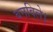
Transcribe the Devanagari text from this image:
बनविले।